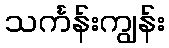
သင်္ကန်းကျွန်း